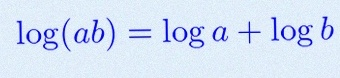
\log(ab)=\log a+\log b